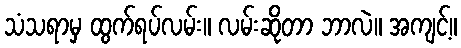
သံသရာမှ ထွက်ရပ်လမ်း။ လမ်းဆိုတာ ဘာလဲ။ အကျင့်။